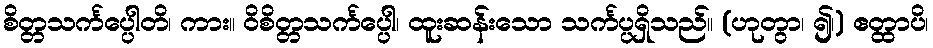
စိတ္တသင်္ကပ္ပေါတိ၊ ကား။ ဝိစိတ္တသင်္ကပ္ပေါ၊ ထူးဆန်းသော သင်္ကပ္ပရှိသည်။ (ဟုတွာ၊ ၍၊) ဧတ္ထာပိ၊